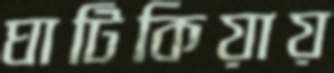
ঘাটিকিয়ায়